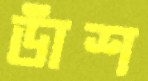
ডাঁশ